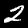
Digit: 2